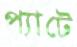
প্যাটে